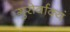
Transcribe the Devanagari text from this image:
गुरोर्वाक्यं